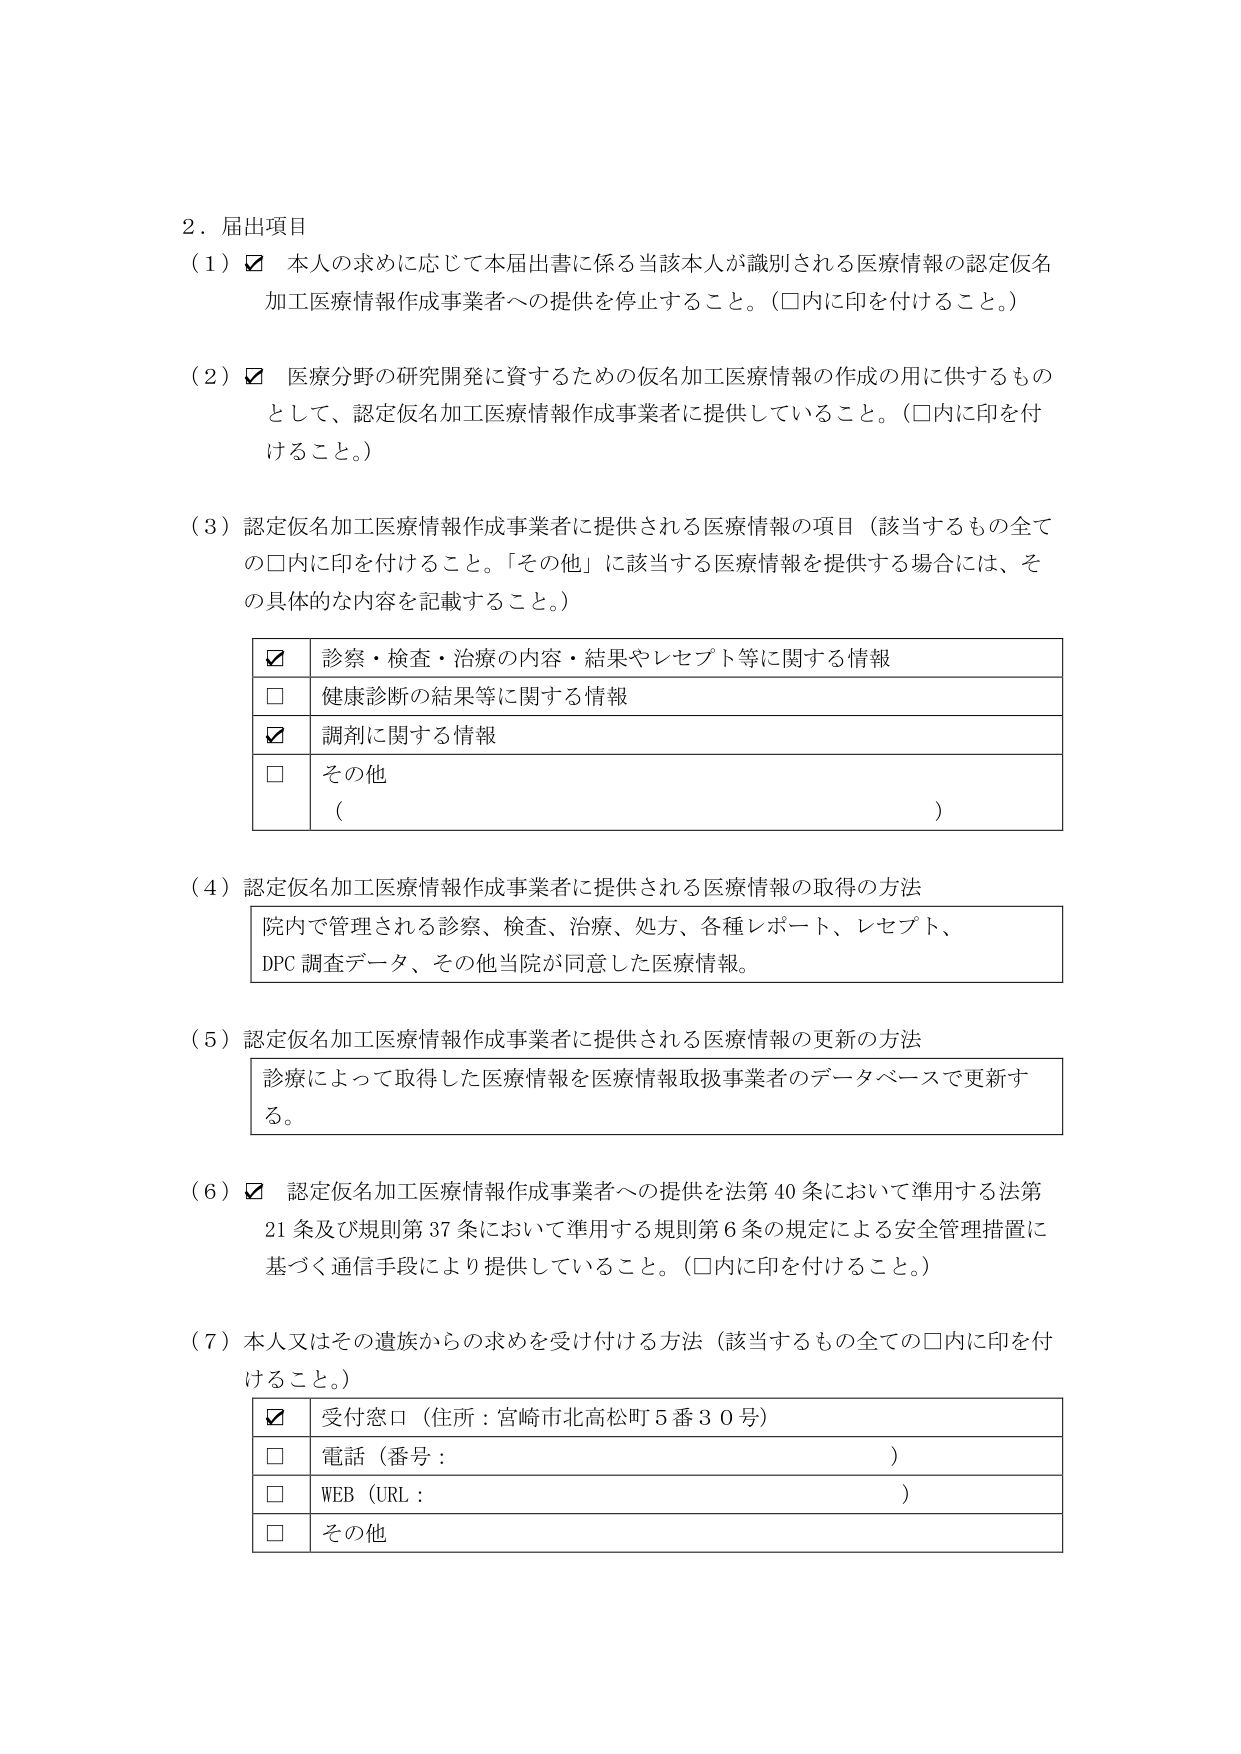
2．届出項目
（1）☑ 本人の求めに応じて本届出書に係る当該本人が識別される医療情報の認定仮名加工医療情報作成事業者への提供を停止すること。（□内に印を付けること。）

（2）☑ 医療分野の研究開発に資するための仮名加工医療情報の作成の用に供するものとして、認定仮名加工医療情報作成事業者に提供していること。（□内に印を付けること。）

（3）認定仮名加工医療情報作成事業者に提供される医療情報の項目（該当するもの全ての□内に印を付けること。「その他」に該当する医療情報を提供する場合には、その具体的な内容を記載すること。）
　　☑ 診察・検査・治療の内容・結果やレセプト等に関する情報
　　□ 健康診断の結果等に関する情報
　　☑ 調剤に関する情報
　　□ その他
　　　（　　　　　　　　　　　　　　　　　　　　　　　　　　　　　　　　　　　　）

（4）認定仮名加工医療情報作成事業者に提供される医療情報の取得の方法
　　院内で管理される診察、検査、治療、処方、各種レポート、レセプト、
　　DPC調査データ、その他当院が同意した医療情報。

（5）認定仮名加工医療情報作成事業者に提供される医療情報の更新の方法
　　診療によって取得した医療情報を医療情報取扱事業者のデータベースで更新する。

（6）☑ 認定仮名加工医療情報作成事業者への提供を法第40条において準用する法第21条及び規則第37条において準用する規則第6条の規定による安全管理措置に基づく通信手段により提供していること。（□内に印を付けること。）

（7）本人又はその遺族からの求めを受け付ける方法（該当するもの全ての□内に印を付けること。）
　　☑ 受付窓口（住所：宮崎市北高松町5番30号）
　　□ 電話（番号：　　　　　　　　　　　　　　　　　　　　　　　　　　　　）
　　□ WEB（URL：　　　　　　　　　　　　　　　　　　　　　　　　　　　　　）
　　□ その他